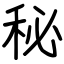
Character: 秘